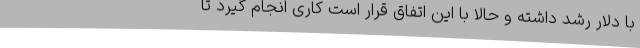
با دلار رشد داشته و حالا با این اتفاق قرار است کاری انجام گیرد تا